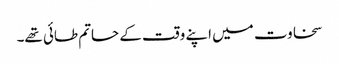
سخاوت میں اپنے وقت کے حاتم طائی تھے۔